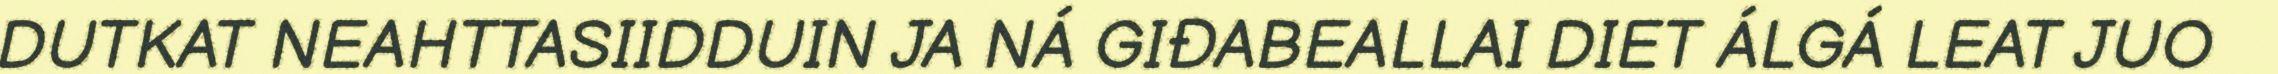
DUTKAT NEAHTTASIIDDUIN JA NÁ GIĐABEALLAI DIET ÁLGÁ LEAT JUO